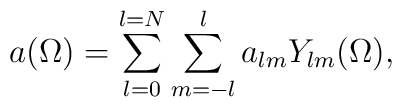
a(\Omega)=\sum_{l=0}^{l=N}\sum_{m=-l}^{l}a_{lm}Y_{lm}(\Omega),